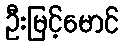
ဦးမြင့်မောင်